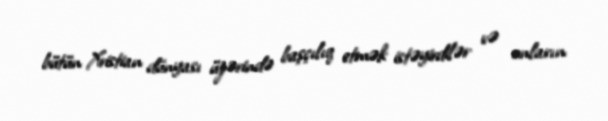
bütün Xristian dünyası üzərində başçılıq etmək istəyirdilər və onların